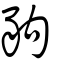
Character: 豞